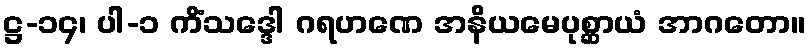
ဋ္ဌ-၁၄၊ ပါ-၁ ကိံသဒ္ဒေါ ဂရဟဏေ အနိယမေပုစ္ဆာယံ အာဂတော။